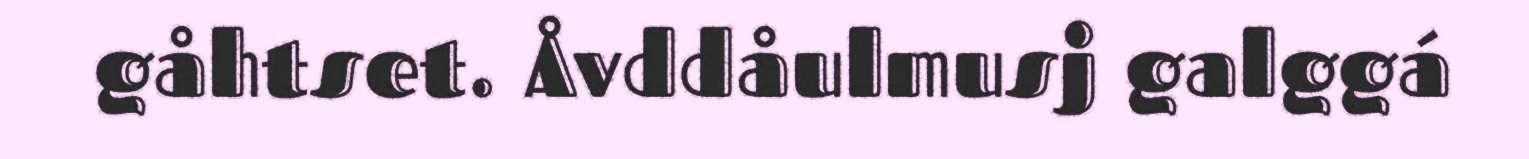
gåhtset. Åvddåulmusj galggá